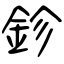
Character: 鉁